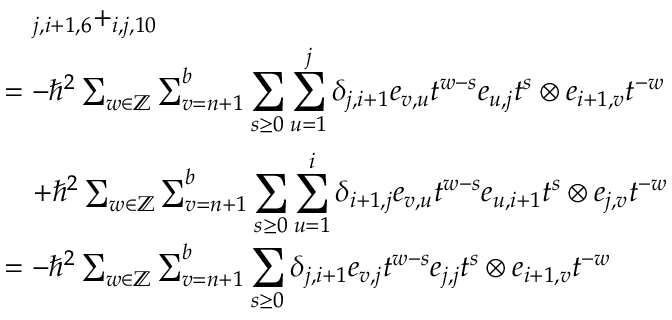
\begin{array} { r l } & { \quad _ { j , i + 1 , 6 } + _ { i , j , 1 0 } } \\ & { = - \hbar ^ { 2 } \sum _ { w \in \mathbb { Z } } \sum _ { v = n + 1 } ^ { b } \displaystyle \sum _ { s \geq 0 } \sum _ { u = 1 } ^ { j } \delta _ { j , i + 1 } e _ { v , u } t ^ { w - s } e _ { u , j } t ^ { s } \otimes e _ { i + 1 , v } t ^ { - w } } \\ & { \quad + \hbar ^ { 2 } \sum _ { w \in \mathbb { Z } } \sum _ { v = n + 1 } ^ { b } \displaystyle \sum _ { s \geq 0 } \displaystyle \sum _ { u = 1 } ^ { i } \delta _ { i + 1 , j } e _ { v , u } t ^ { w - s } e _ { u , i + 1 } t ^ { s } \otimes e _ { j , v } t ^ { - w } } \\ & { = - \hbar ^ { 2 } \sum _ { w \in \mathbb { Z } } \sum _ { v = n + 1 } ^ { b } \displaystyle \sum _ { s \geq 0 } \delta _ { j , i + 1 } e _ { v , j } t ^ { w - s } e _ { j , j } t ^ { s } \otimes e _ { i + 1 , v } t ^ { - w } } \end{array}